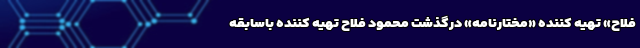
فلاح» تهیه کننده «مختارنامه» درگذشت محمود فلاح تهیه کننده باسابقه